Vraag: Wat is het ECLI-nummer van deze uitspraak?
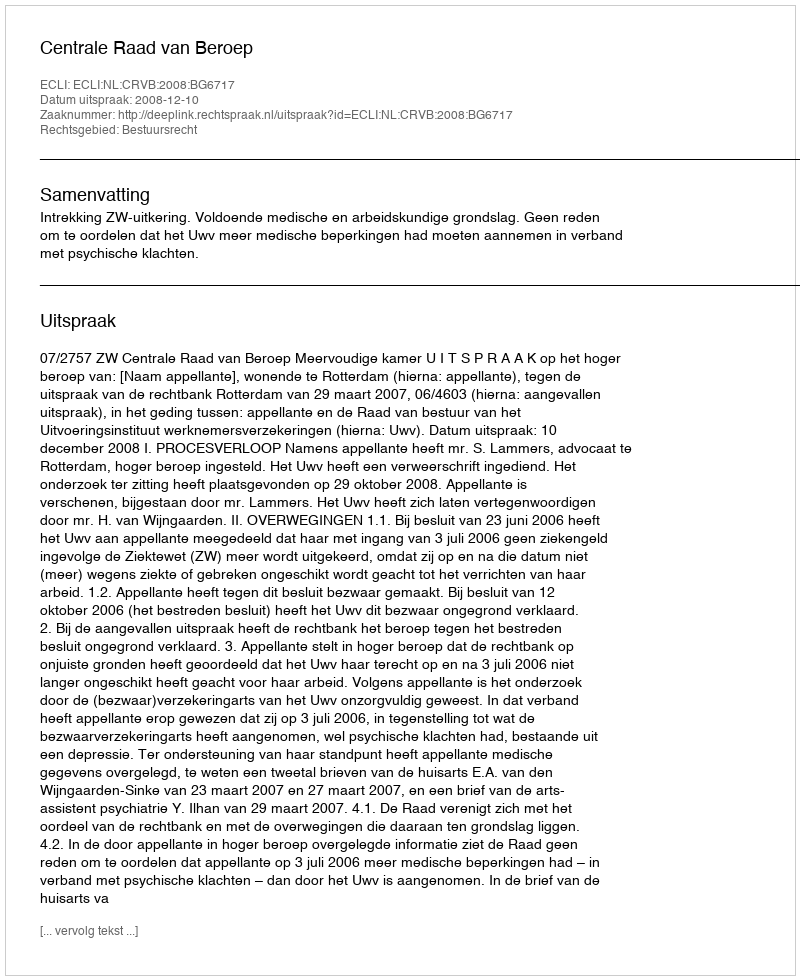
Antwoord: ECLI:NL:CRVB:2008:BG6717